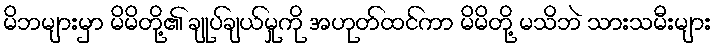
မိဘများမှာ မိမိတို့၏ ချုပ်ချယ်မှုကို အဟုတ်ထင်ကာ မိမိတို့ မသိဘဲ သားသမီးများ